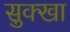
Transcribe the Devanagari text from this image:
सुक्खा